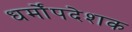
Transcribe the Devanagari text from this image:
धर्मोंपदेशक